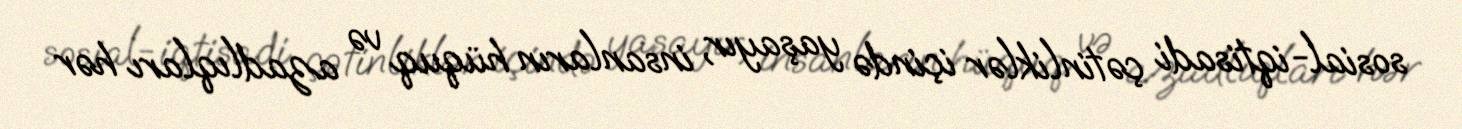
sosial-iqtisadi çətinliklər içində yaşayır, insanların hüquq və azadlıqları hər